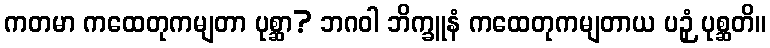
ကတမာ ကထေတုကမျတာ ပုစ္ဆာ? ဘဂဝါ ဘိက္ခူနံ ကထေတုကမျတာယ ပဉှံ ပုစ္ဆတိ။